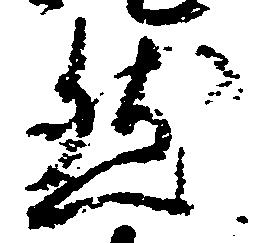
然